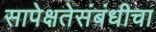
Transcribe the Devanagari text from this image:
सापेक्षतेसंबंधीचा